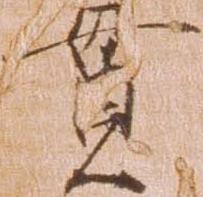
貫